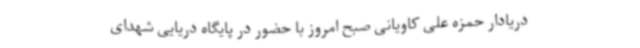
دریادار حمزه علی کاویانی صبح امروز با حضور در پایگاه دریایی شهدای